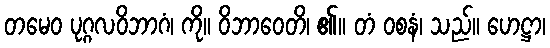
တမေဝ ပုဂ္ဂလဝိဘာဂံ၊ ကို။ ဝိဘာဝေတိ၊ ၏။ တံ ဝစနံ၊ သည်။ ဟေဋ္ဌာ၊